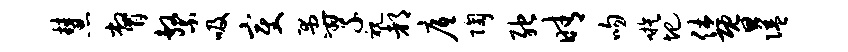
慧瞥系吸变愚翠视都底陶弛晴吻嗾圯休暨隘